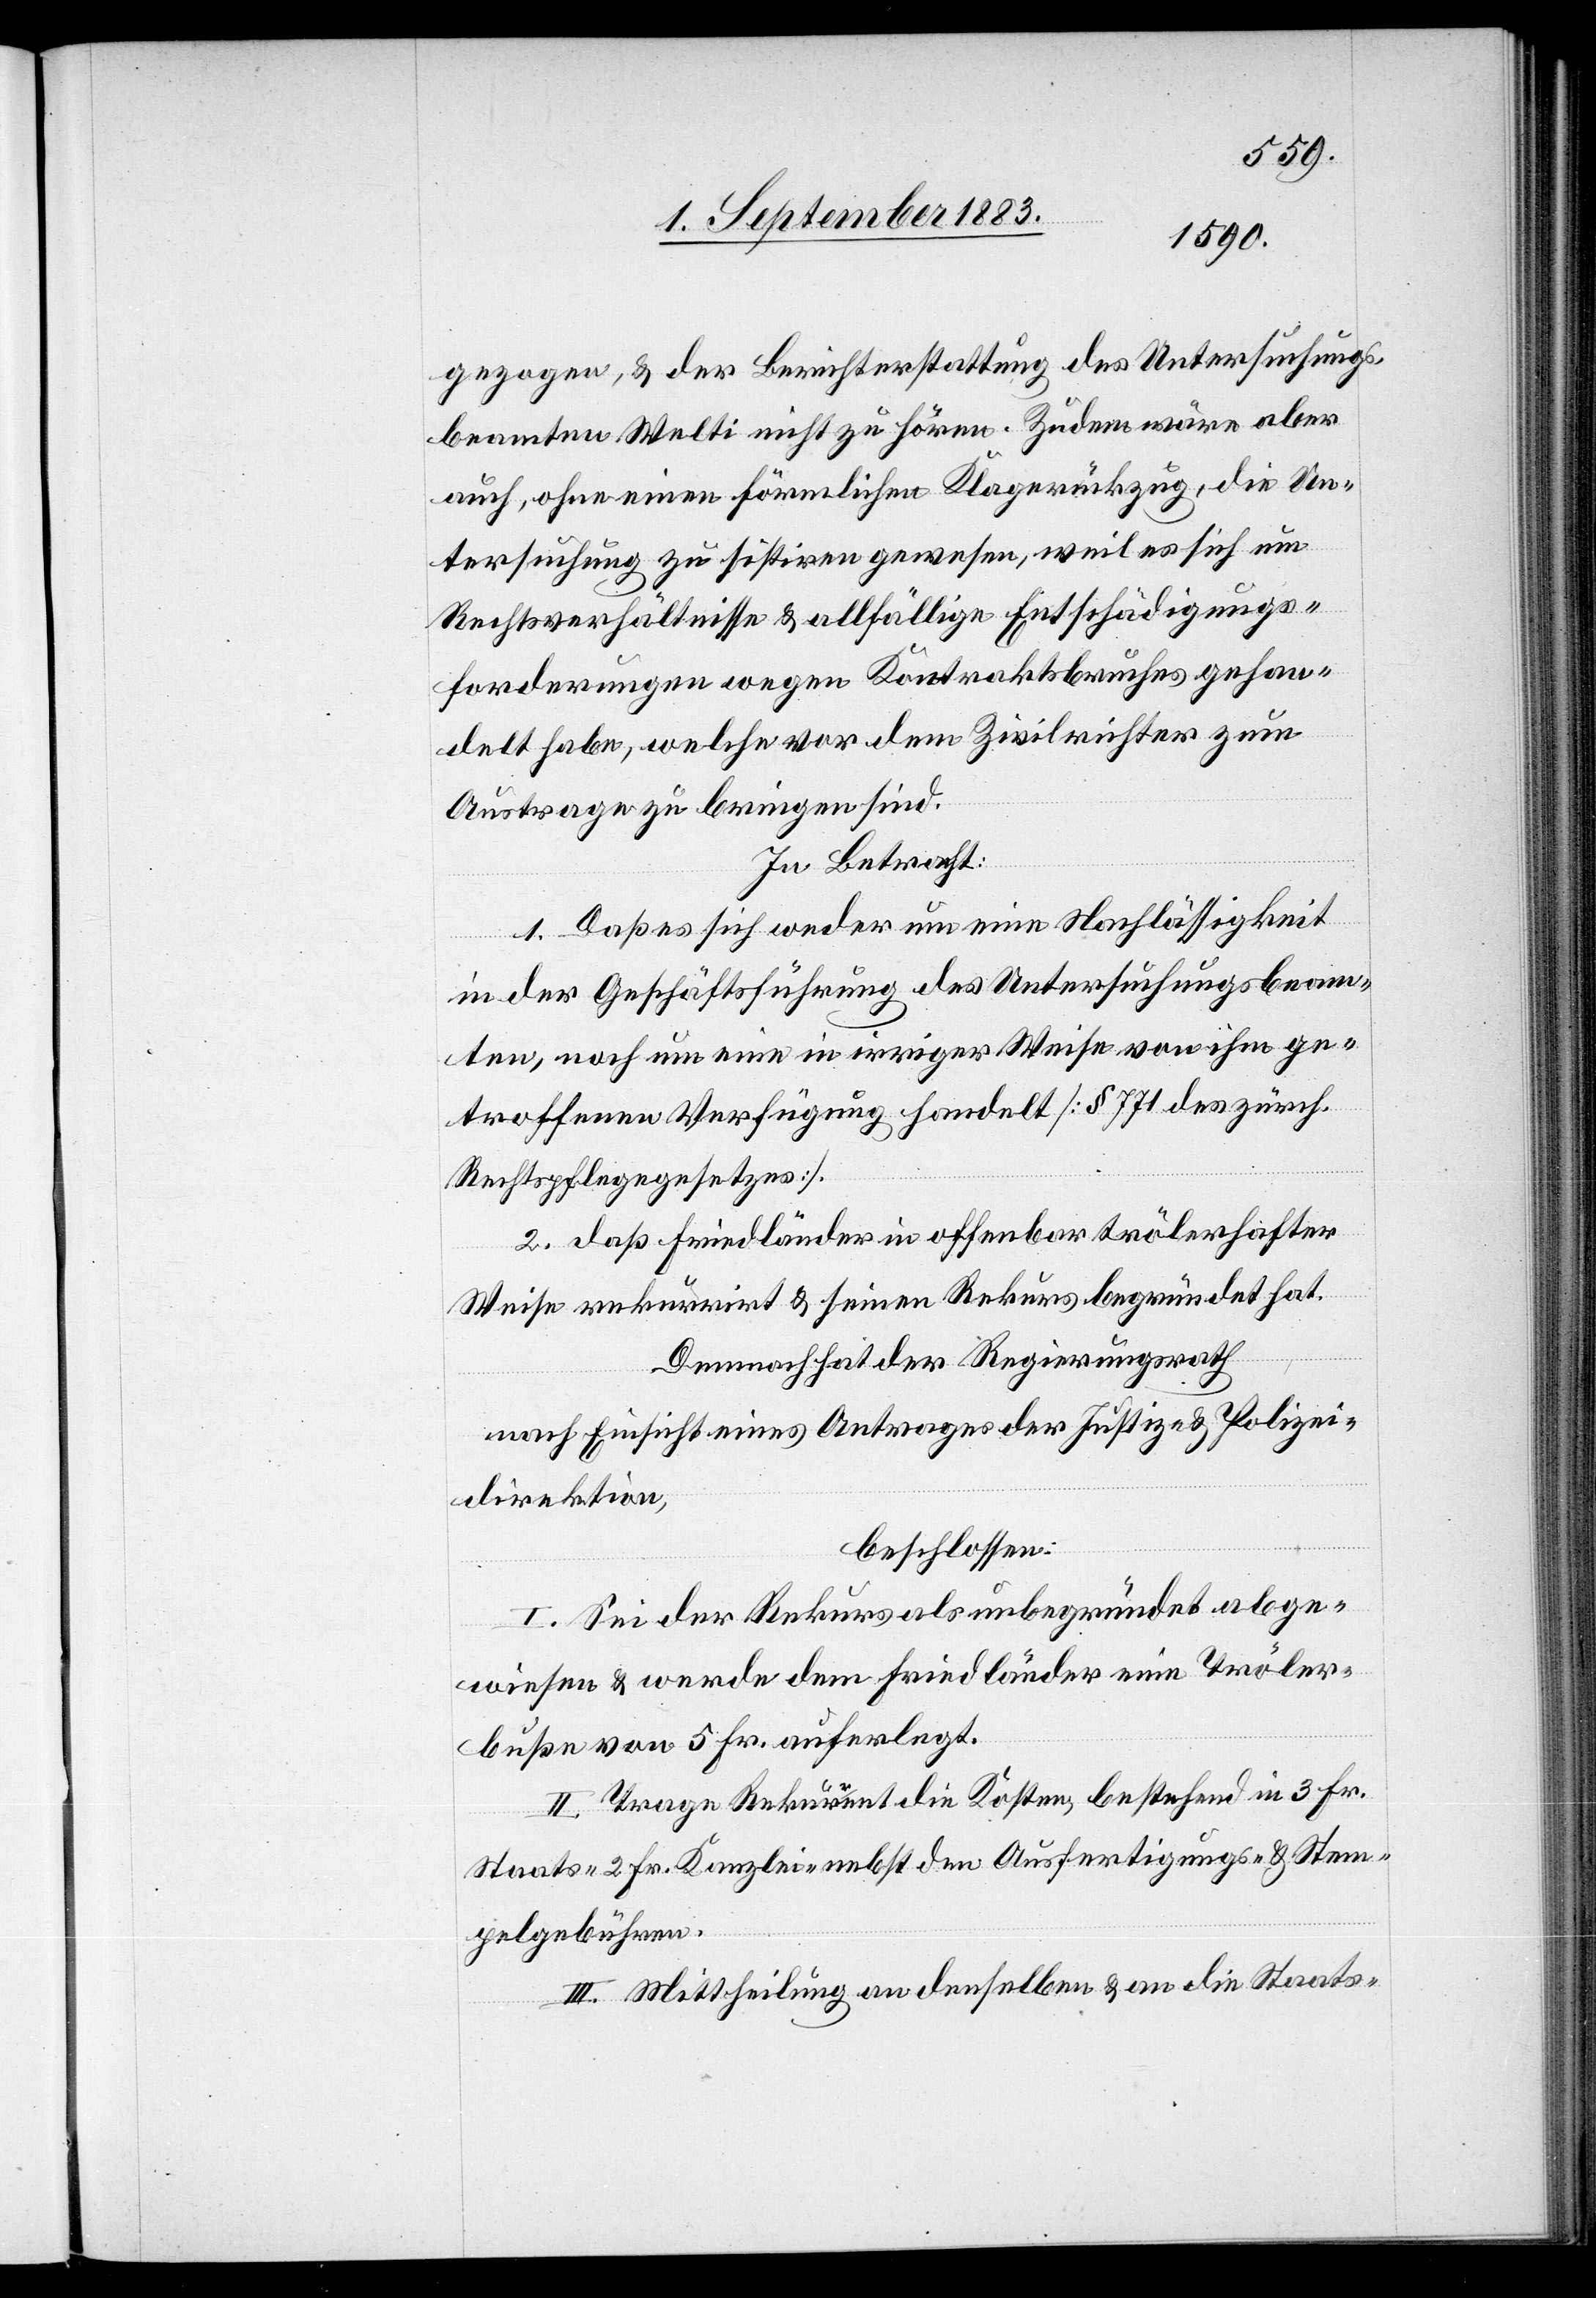
gezogen, & der Berichterstattung des Untersuchungs¬
beamten Welti nicht zu hören. Zudem wäre aber
auch, ohne einen förmlichen Klagerückzug, die Un¬
tersuchung zu sistiren gewesen, weil es sich um
Rechtsverhältnisse & allfällige Entschädigungs¬
forderungen wegen Kontraktsbruches gehan¬
delt habe, welche vor dem Zivilrichter zum
Austrage zu bringen sind.
In Betracht:
1. Daß es sich weder um eine Nachlässigkeit
in der Geschäftsführung des Untersuchungsbeam¬
ten, noch um eine in irriger Weise von ihm ge¬
troffene Verfügung handelt [§ 771 des zürch.
Rechtspflegegesetzes].
2. daß Friedländer in offenbar trölerhafter
Weise rekurrirt & seinen Rekurs begründet hat.
Demnach hat der Regierungsrath
nach Einsicht eines Antrages der Justiz- & Polizei¬
direktion,
beschlossen:
I. Sei der Rekurs als unbegründet abge¬
wiesen & werde dem Friedländer eine Tröler¬
buße von 5 Fr. auferlegt.
II. Trage Rekurrent die Kosten, bestehend in 3 Fr.
Staats-[,] 2 Fr. Kanzlei nebst den Ausfertigungs- & Stem¬
pelgebühren.
III. Mittheilung an denselben & an die Staats-